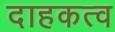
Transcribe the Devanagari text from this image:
दाहकत्व